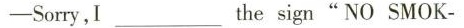
-Sorry,I ___ the sign"No SMOK-